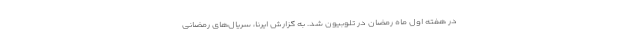
در هفته اول ماه رمضان در تلوبیون شد. به گزارش ایرنا، سریال‌های رمضانی